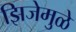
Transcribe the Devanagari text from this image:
झिजेमुळे